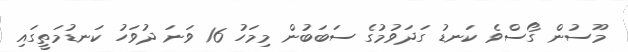
މޫސުން ގޯސްވެ ކަނޑު ގަދަވުމުގެ ސަބަބުން މިމަހު 16 ވަނަ ދުވަހު ކަނޑުމަތީގައި